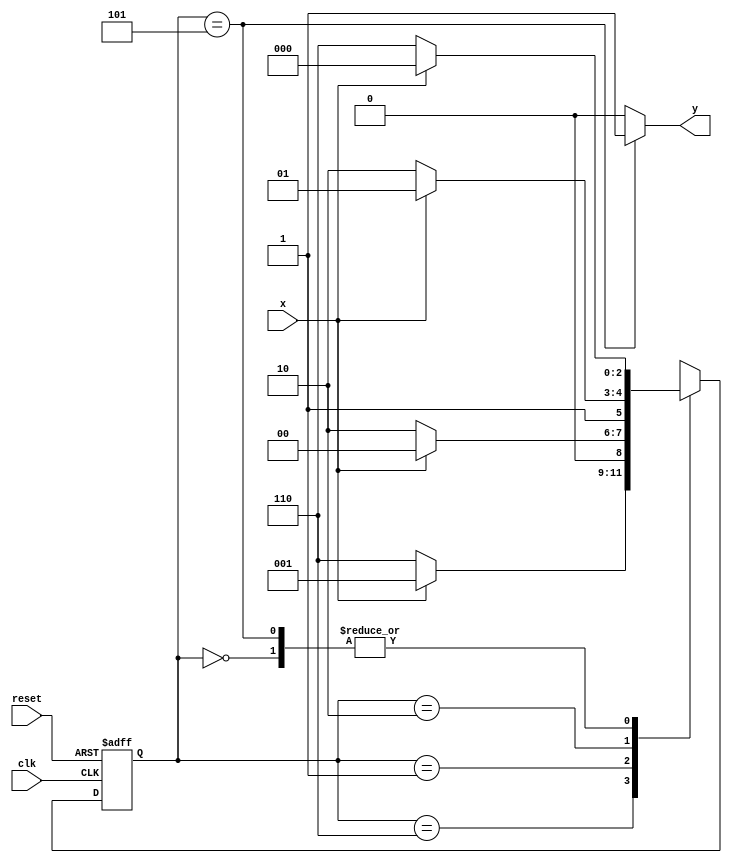
// Guia 11
// Nome: Fabricio Rodrigues de Souza


// constant definition
`define found    1
`define notfound 0

module  Exercicio02 ( y, x, clk, reset );

	output y;
	input  x;
	input  clk;
	input  reset;

	reg    y;

	parameter        // state identifiers
		start  = 3'b000,
		id0    = 3'b110,
		id01   = 3'b001,
		id010  = 3'b010,
		id0101 = 3'b101;  //  signal found

	reg [2:0] E1;	// current state variables
	reg [2:0] E2;	// next state logic output

	// next state logic
	
		always @( x or E1 )
		begin
		y = `notfound;
		
		case( E1 )
		start:
			if ( x )
				E2 = start;
			else
				E2 = id0;
			
			id0:
				if ( x )
					E2 = id01;
				else
					E2 = id0;
			
			id01:
				if ( x )
					E2 = start;
				else
					E2 = id010;
			
			id010:
				if ( x )
					E2 = id0101;
				else
					E2 = id0;
			
			id0101:
			if ( x )
			begin
			 	E2 = start;
				y = `found;
			end
			else
			begin
				E2 = id0;
				y = `found;
			end
			
			default:   // undefined statee  
				E2 = 3'bxxx;
				
		endcase
		end // always at signal or state changing


	// state variables
		always @( posedge clk or negedge reset )
		begin
			if ( reset )
				E1 = E2;    // updates current state
			else
				E1 = 0;     // reset
		end // always at signal changing

endmodule